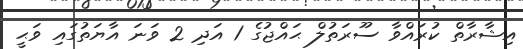
އިޝާރާތް ކުރައްވާ ސޫރަތުލް ޙައްޖުގެ 1 އަދި 2 ވަނަ އާޔަތުގައި ވަޙީ